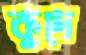
কুদে